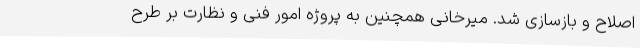
اصلاح و بازسازی شد. میرخانی همچنین به پروژه امور فنی و نظارت بر طرح